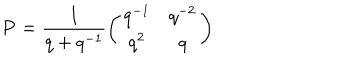
LaTeX: { \bf P } = \frac { 1 } { q + q ^ { - 1 } } \left( \begin{array} { c c } { { q ^ { - 1 } } } & { { q ^ { - 2 } } } \\ { { q ^ { 2 } } } & { { q } } \\ \end{array} \right)